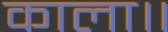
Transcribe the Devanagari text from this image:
काला॥